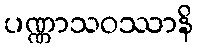
ပဏ္ဏာသဝဿာနိ